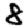
Digit: 8